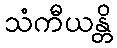
သံကီယန္တိ